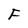
Character: F